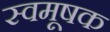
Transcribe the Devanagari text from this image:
स्वमूषक